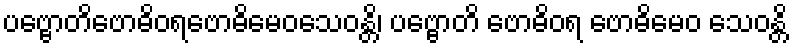
ပဗ္ဗောတိဗောဓိဝရဗောဓိမေဝသေဝန္တိ၊ ပဗ္ဗောတိ ဗောဓိဝရ ဗောဓိမေဝ သေဝန္တိ